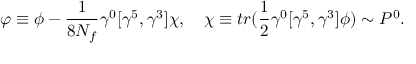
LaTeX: \varphi \equiv \phi - { \frac { 1 } { 8 N _ { f } } } \gamma ^ { 0 } [ \gamma ^ { 5 } , \gamma ^ { 3 } ] \chi , \quad \chi \equiv t r ( { \frac { 1 } { 2 } } \gamma ^ { 0 } [ \gamma ^ { 5 } , \gamma ^ { 3 } ] \phi ) \sim P ^ { 0 } .